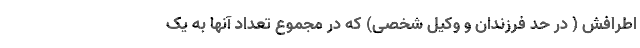
اطرافش ( در حد فرزندان و وکیل شخصی) که در مجموع تعداد آنها به یک